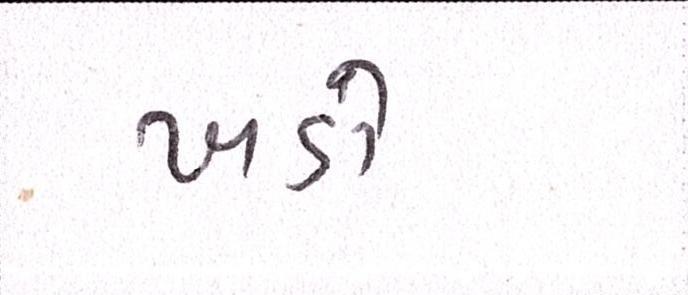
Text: ખડો